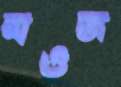
মওজ